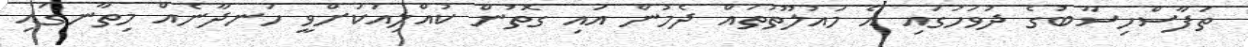
ތަފާސްހިސާބުގެ ދުވަހުގައި އެ މައުލޫތުތައް ދެމުން އައި ގޮތުން ކުއްލިއަކަށްވީ ހަނދާނެއް މިތާނގައި